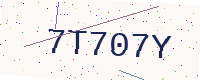
Text: 7T707Y